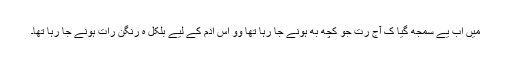
میں اَب یے سمجھ گیا کِ آج رت جو کُچھ بھِ ہونے جا رہا تھا وو اُس اَدمِ کے لِیے بِلکُل ہِ رنگِن رات ہونے جا رہا تھا۔